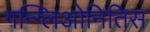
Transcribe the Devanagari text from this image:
गन्ग्लिओनितिस